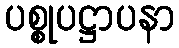
ပစ္စုပဋ္ဌာပနာ